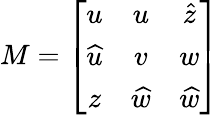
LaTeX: M=\left[\begin{array}{ccc}{{u}}&{{u}}&{{\widehat{z}}}\\ {{\widehat{u}}}&{{v}}&{{w}}\\ {{z}}&{{\widehat{w}}}&{{\widehat{w}}}\end{array}\right]